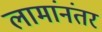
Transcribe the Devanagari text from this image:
लामांनंतर